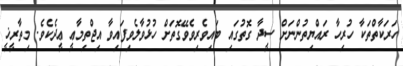
ހަރަކާތްތަކާ ހުރިހާ ރައްޔިތުންނަށް ސީދާ ގޮތުގައި ބައިވެރިވެވޭގޮތަށް ހުޅުވާލެވިފައިވާ އިޖްތިމާޢީ ޢީދެކެވެ. މިތާރީޚީ